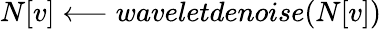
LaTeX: N[v]\longleftarrow waveletdenoise(N[v])